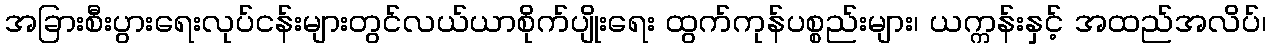
အခြားစီးပွားရေးလုပ်ငန်းများတွင်လယ်ယာစိုက်ပျိုးရေး ထွက်ကုန်ပစ္စည်းများ၊ ယက္ကန်းနှင့် အထည်အလိပ်၊